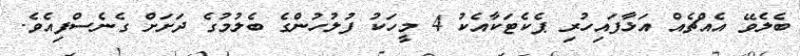
ބެލެވޭ އެއްޗެއް އަޅާފައިހުރި ޕެކެޓަކާއެކު 4 މީހަކު ފުލުހުންގެ ބެލުމުގެ ދަށަށް ގެނެސްފިއެވެ.